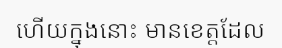
ហើយក្នុងនោះ មានខេត្តដែល